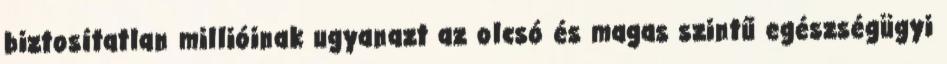
biztosítatlan millióinak ugyanazt az olcsó és magas szintű egészségügyi